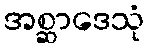
အစ္ဆာဒေသုံ